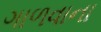
ગાળવાના